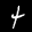
Label: 4